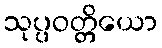
သုပ္ပဝတ္တိယော